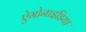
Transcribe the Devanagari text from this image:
ऐमोनाइडिया